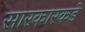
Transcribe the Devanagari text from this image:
सारकारकडे